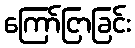
ကြော်ငြာခြင်း